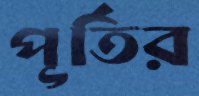
পূর্তির